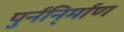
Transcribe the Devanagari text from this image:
पुर्ननि्र्माण